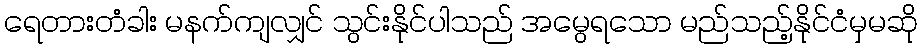
ရေတားတံခါး မနက်ကျလျှင် သွင်းနိုင်ပါသည် အမွေရသော မည်သည့်နိုင်ငံမှမဆို